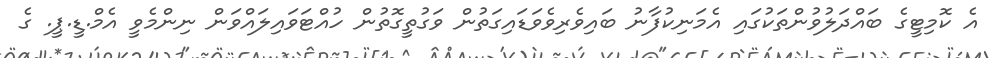
އެ ކޮމިޓީގެ ބައްދަލުވުންތަކުގައި އެމަނިކުފާނު ބައިވެރިވެވަޑައިގަތުން ވަގުތީގޮތުން ހުއްޓަވައިލައްވަން ނިންމެވީ އެމް.ޑީ.ޕީ. ގެ